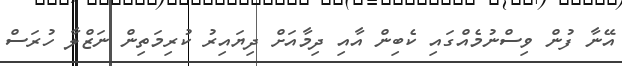
އޭނާ ފުން ވިސްނުމެއްގައި ކެބިން އާއި ދިމާއަށް ދިޔައިރު ކުރިމަތިން ނަޒްލާ ހުރަސް